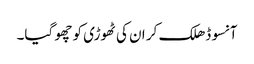
آنسو ڈھلک کر ان کی ٹھوڑی کو چھو گیا۔